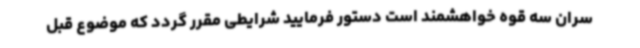
سران سه قوه خواهشمند است دستور فرمایید شرایطی مقرر گردد که موضوع قبل